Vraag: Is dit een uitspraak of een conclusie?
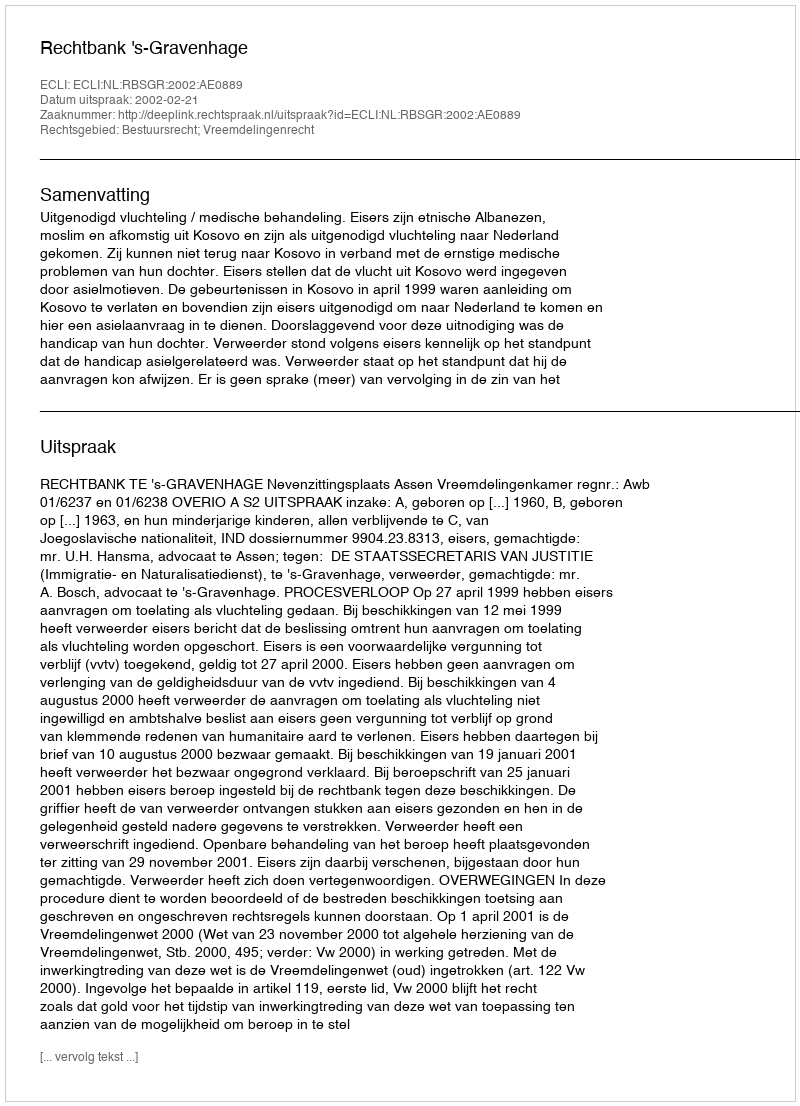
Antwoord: Uitspraak